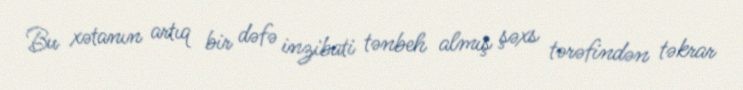
Bu xətanın artıq bir dəfə inzibati tənbeh almış şəxs tərəfindən təkrar